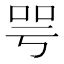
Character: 咢